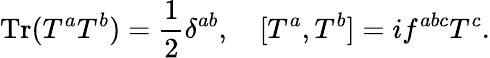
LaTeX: \operatorname{Tr}(T^{a}T^{b})={\frac{1}{2}}\delta^{ab},\quad[T^{a},T^{b}]=if^{abc}T^{c}.